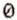
0